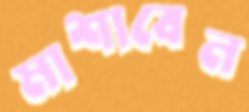
মাশাবেন